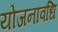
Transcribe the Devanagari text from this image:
योजनावधि